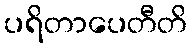
ပရိတာပေတီတိ